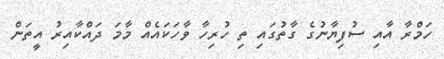
ހަމްރާ އާއި ސުފިޔާނުގެ ގާތުގައި ތި ހުރިހާ ވާހަކައެއް މާމަ ދައްކާއިރު އީތަން